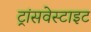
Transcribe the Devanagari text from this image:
ट्रांसवेस्टाइट